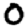
Digit: 0